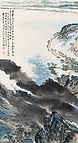
卷地风来忽吹散，望湖楼下水如天。